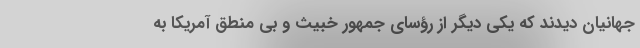
جهانیان دیدند که یکی دیگر از رؤسای جمهور خبیث و بی منطق آمریکا به